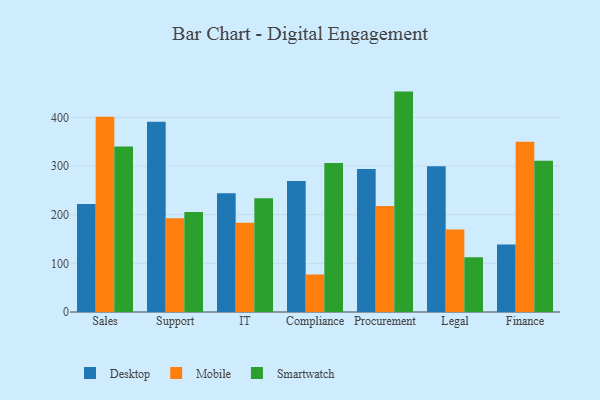
{"axis": {"x": "Department", "y": "Humidity (%)"}, "legend": ["Desktop", "Mobile", "Smartwatch"], "data": [{"x": "Sales", "y": 221.8, "type": "Desktop"}, {"x": "Sales", "y": 401.2, "type": "Mobile"}, {"x": "Sales", "y": 340.0, "type": "Smartwatch"}, {"x": "Support", "y": 391.2, "type": "Desktop"}, {"x": "Support", "y": 192.7, "type": "Mobile"}, {"x": "Support", "y": 205.4, "type": "Smartwatch"}, {"x": "IT", "y": 244.0, "type": "Desktop"}, {"x": "IT", "y": 183.6, "type": "Mobile"}, {"x": "IT", "y": 234.0, "type": "Smartwatch"}, {"x": "Compliance", "y": 269.5, "type": "Desktop"}, {"x": "Compliance", "y": 77.1, "type": "Mobile"}, {"x": "Compliance", "y": 306.1, "type": "Smartwatch"}, {"x": "Procurement", "y": 293.8, "type": "Desktop"}, {"x": "Procurement", "y": 217.8, "type": "Mobile"}, {"x": "Procurement", "y": 453.0, "type": "Smartwatch"}, {"x": "Legal", "y": 299.8, "type": "Desktop"}, {"x": "Legal", "y": 169.4, "type": "Mobile"}, {"x": "Legal", "y": 112.6, "type": "Smartwatch"}, {"x": "Finance", "y": 138.5, "type": "Desktop"}, {"x": "Finance", "y": 349.7, "type": "Mobile"}, {"x": "Finance", "y": 310.8, "type": "Smartwatch"}]}